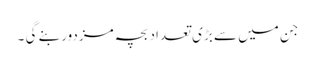
جن میں سے بڑی تعداد بچہ مزدور بنے گی ۔